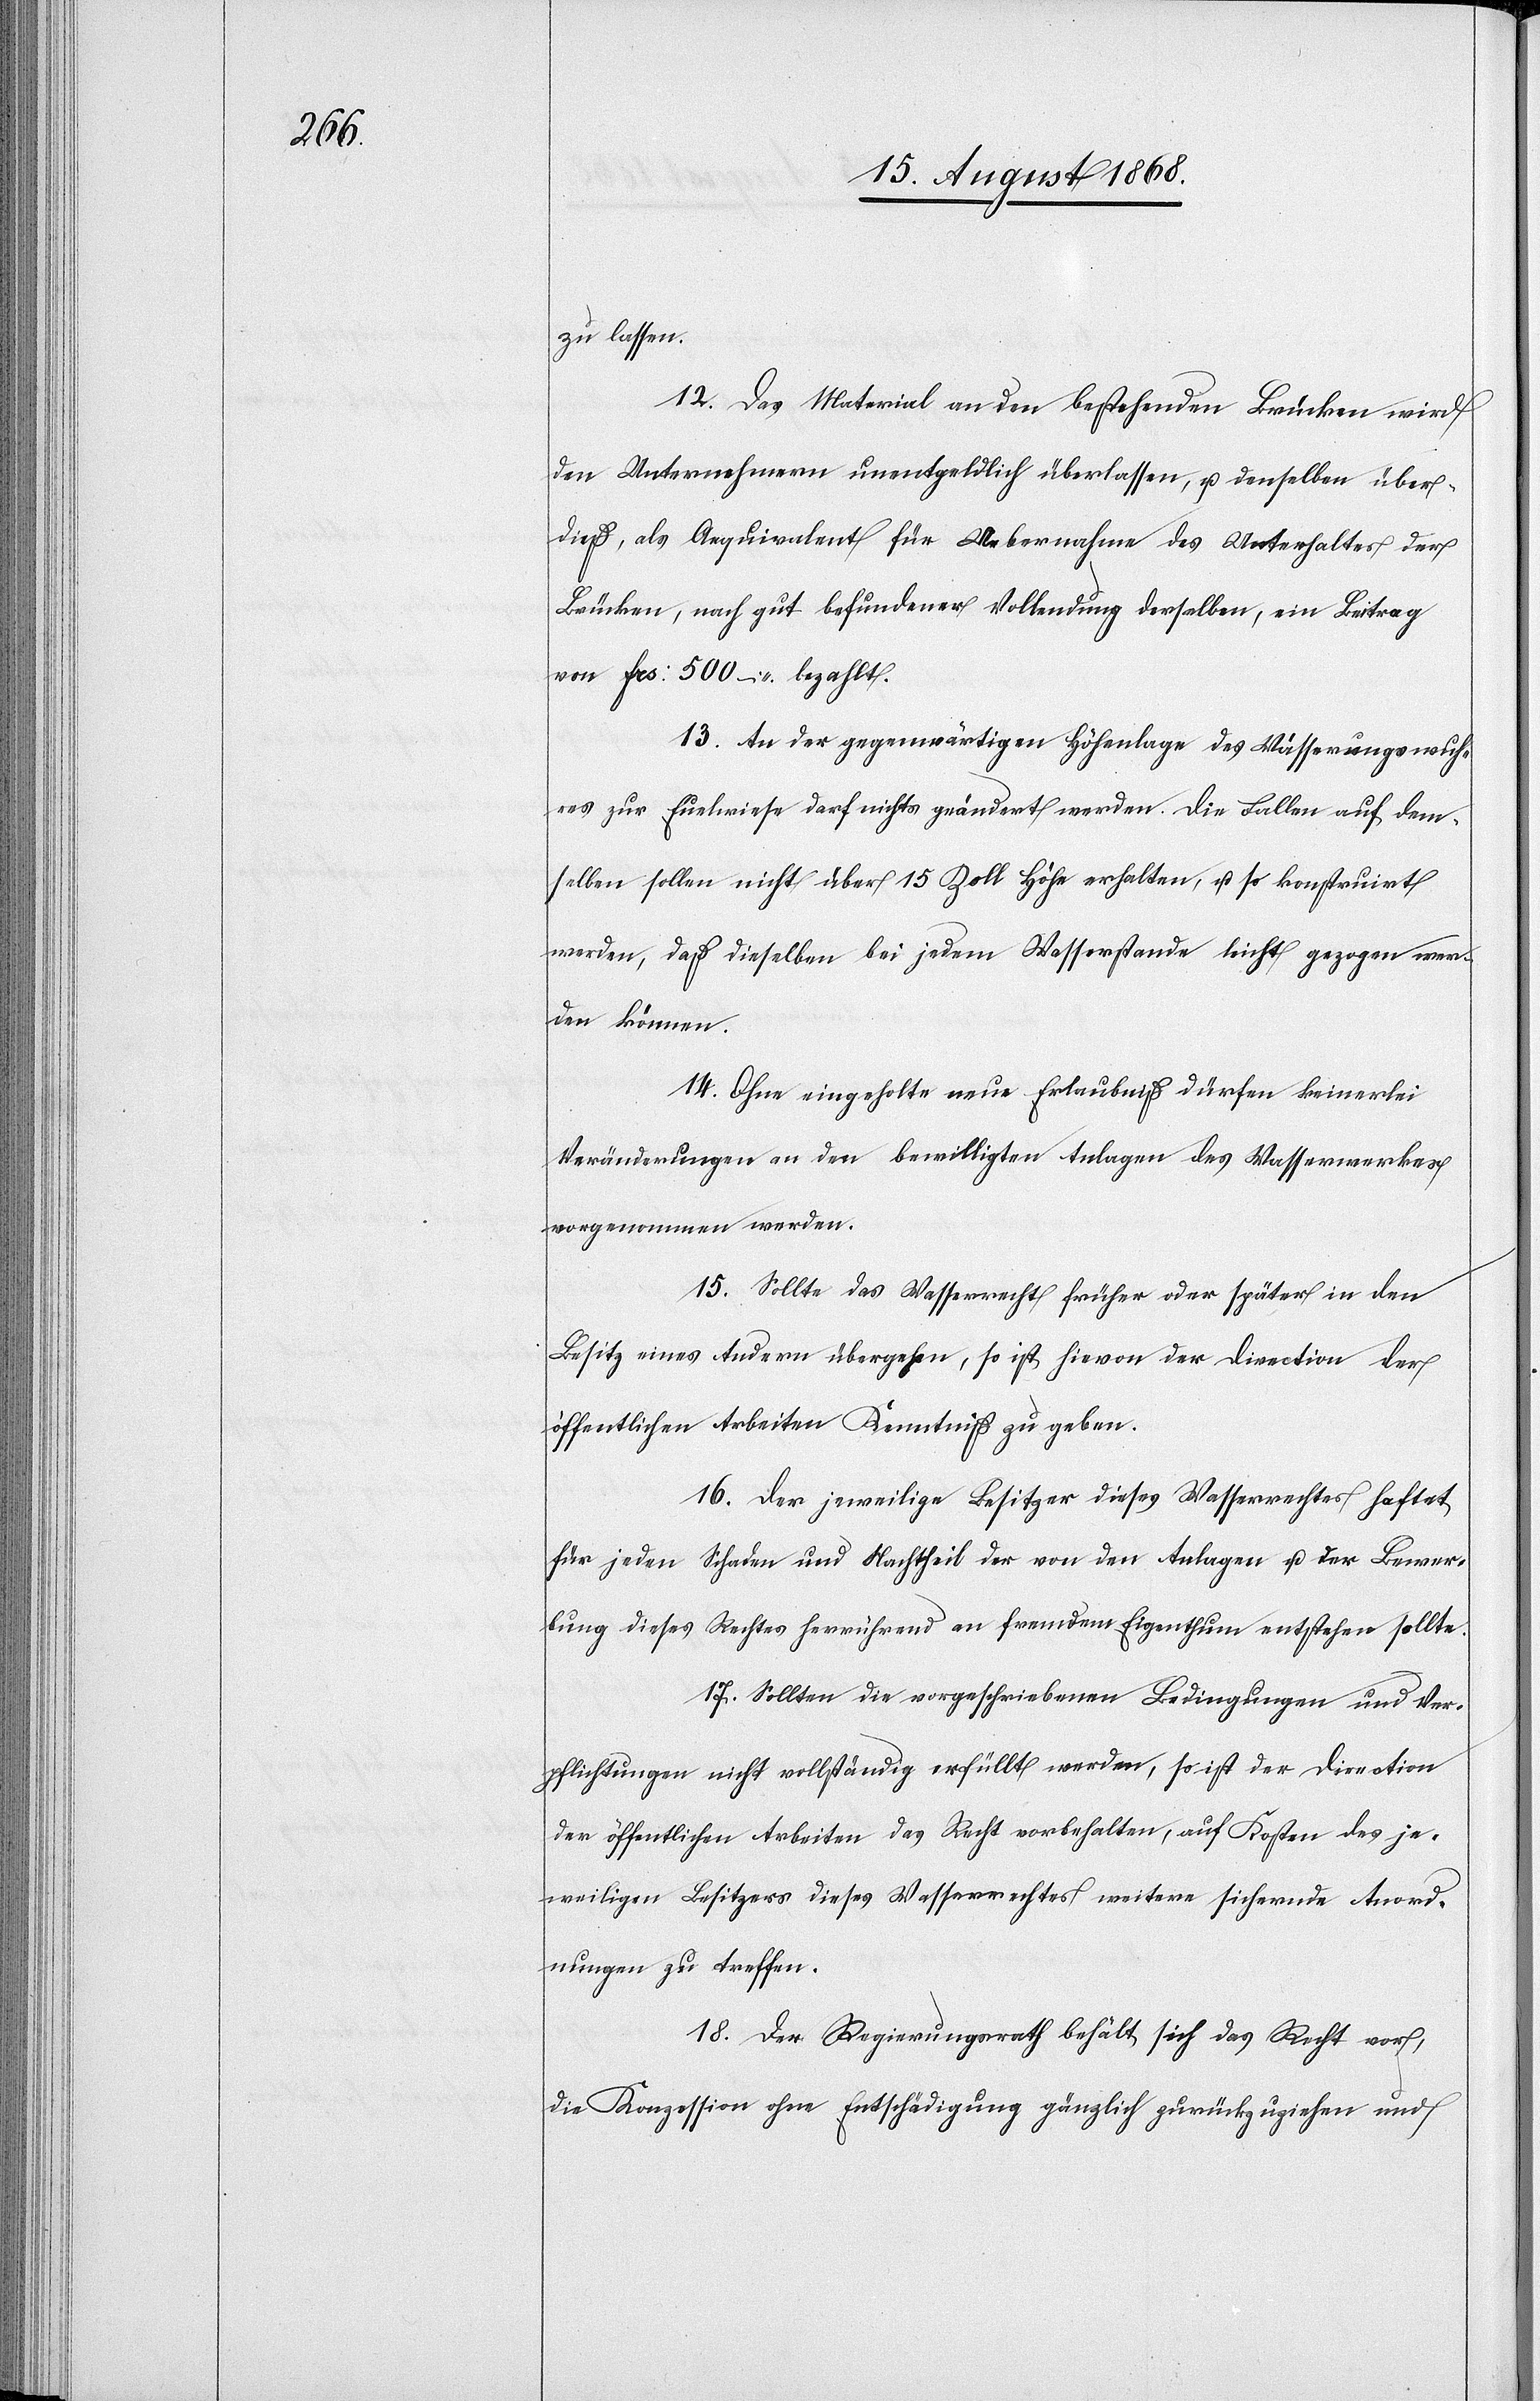
zu lassen.
12. Das Material an den bestehenden Brücken wird
den Unternehmern unentgeldlich überlassen, u. denselben über¬
dieß, als Aequivalent für Uebernahme des Unterhaltes der
Brücken, nach gut befundener Vollendung derselben, ein Beitrag
von Frs: 500 – bezahlt.
13. An der gegenwärtigen Höhenlage des Wässerungswuh¬
res zur Euelwiese darf nichts geändert werden. Die Fallen auf dem¬
selben sollen nicht über 15 Zoll Höhe erhalten, u. so konstruirt
werden, daß dieselben bei jedem Wasserstande leicht gezogen wer¬
den können.
14. Ohne eingeholte neue Erlaubniß dürfen keinerlei
Veränderungen an den bewilligten Anlagen des Wasserwerkes
vorgenommen werden.
15. Sollte das Wasserrecht früher oder später in den
Besitz eines Andern übergehen, so ist hievon der Direction der
öffentlichen Arbeiten Kenntniß zu geben.
16. Der jeweilige Besitzer dieses Wasserrechtes haftet
für jeden Schaden und Nachtheil der von den Anlagen u. der Bewer¬
bung dieses Rechtes herrührend an fremdem Eigenthum entstehen sollte.
17. Sollten die vorgeschriebenen Bedingungen und Ver¬
pflichtungen nicht vollständig erfüllt werden, so ist der Direction
der öffentlichen Arbeiten das Recht vorbehalten, auf Kosten des je¬
weiligen Besitzers dieses Wasserrechtes weitere sichernde Anord¬
nungen zu treffen.
18. Der Regierungsrath behält sich das Recht vor,
die Konzession ohne Entschädigung gänzlich zurückzuziehen und